Sanitation, dispensaries and jails vaccination Rajputana 1922-1927 - 1922-1927
Year: 1922
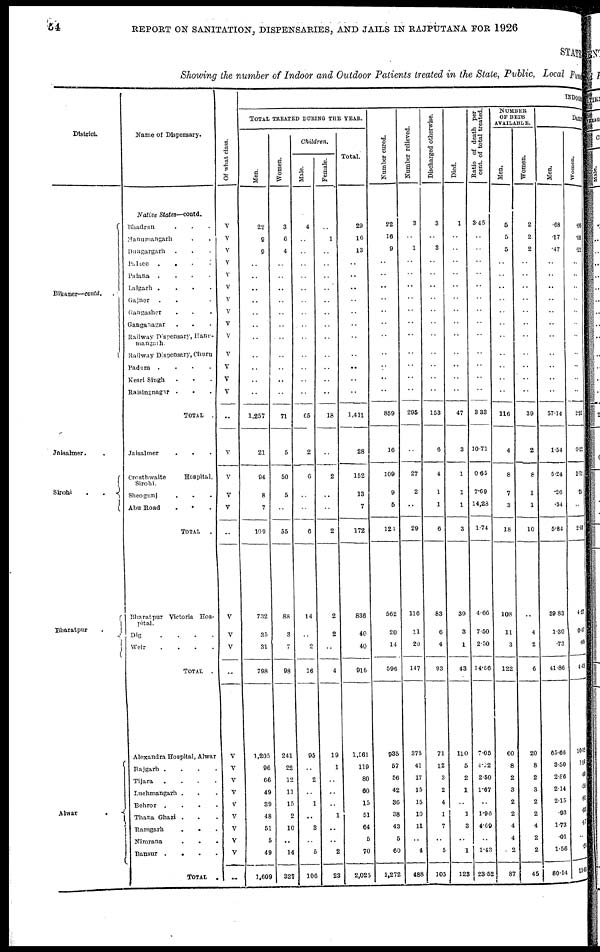
54
REPORT ON SANITATION, DISPENSARIES, AND JAILS IN RAJPUTANA FOR 1926
STATE
Showing the number of Indoor and Outdoor Patients treated in the State, Public, Local Fund
District.
Bikaner— contd.
Jaisalmer.
Sirohi
.
.
Bharatpur
.
Alwar
.
.
Name of Dispensary.
Native
States.
—contd.
Bhadran . .
Hanumangarh . .
Dungargarh . . .
Palace
.
. . .
Palana . . . .
Lalgarh .
. . .
Gajner .
.
Gangasher . . .
Ganganagar . . .
Railway Dispensary Hanu¬
mangarh.
Railway Dispensary, Churu
Padam
. . . .
Kesri Singh
. . .
Raisingnagar . . .
TOTAL
Jaisalmer
.
.
.
Crosthwaite Hospital,
Sirohi.
Sheogunj
.
.
.
Abu Road . . .
TOTAL .
Bharatpur Victoria Hos¬
pital.
Dig . . . .
Weir
.
.
.
.
TOTAL
.
Alexandra Hospital, Alwar
Rajgarh . . . .
Tijara . . .
Luchmangarh . . .
Behror
. . . .
Thana Ghazi . . .
Ramgarh . . .
Nimrana . . .
Bansur .
.
.
.
TOTAL
.
Of what class.
V
V
V
V
V
V
V
V
V
V
V
V
V
V
..
V
V
V
V
..
V
V
V
..
V
V
V
V
V
V
V
V
V
..
INDOOR
TOTAL TREATED DURING THE YEAR.
Men.
22
9
9
..
..
..
..
..
..
..
..
..
..
..
1,257
21
94
8
7
109
732
35
31
798
1,205
96
66
49
39
48
51
5
49
1,609
Women.
3
6
4
..
..
..
..
..
..
..
..
..
..
..
71
5
50
5
..
55
88
3
7
98
241
22
12
11
15
2
10
..
14
327
Children.
Male.
4
..
..
..
..
..
..
..
..
..
..
..
..
..
65
2
6
..
..
6
14
..
2
16
95
..
2
..
1
..
3
..
5
106
Female.
..
1
..
..
..
..
..
..
..
..
..
..
..
..
18
..
2
..
..
2
2
2
..
4
19
1
..
..
..
1
..
..
2
23
Total.
29
16
13
..
..
..
..
..
..
..
..
..
..
..
1,411
28
152
13
7
172
836
40
40
916
1,561
119
80
60
15
51
64
5
70
2,025
Number cured.
22
16
9
..
..
..
..
..
..
..
..
..
..
..
859
16
109
9
5
123
562
20
14
596
935
67
56
42
36
38
43
5
60
1,272
Number relieved.
3
..
1
..
..
..
..
..
..
..
..
..
..
..
295
..
27
2
..
29
116
11
20
147
375
41
17
15
15
10
11
..
4
488
Discharged otherwise.
3
..
3
..
..
..
..
..
..
..
..
..
..
..
153
6
4
1
1
6
83
6
4
93
71
12
3
2
4
1
7
..
5
105
Died.
1
..
..
..
..
..
..
..
..
..
..
..
..
..
47
3
1
1
1
3
39
3
1
43
110
5
2
1
..
1
3
..
1
123
Ratio of death per
cent. of total treated.
3.45
..
..
..
..
..
..
..
..
..
..
..
..
..
3.33
10.71
0.65
7.69
14,28
1.74
4.66
7.50
2.50
14.66
7.05
4.22
2.50
1.67
..
1.96
4.69
..
1.43
23.52
NUMBER
OF BEDS
AVAILABLE.
Men.
5
5
5
..
..
..
..
..
..
..
..
..
..
..
116
4
8
7
3
18
108
11
3
122
60
8
2
3
2
2
4
4
2
87
Women.
2
2
2
..
..
..
..
..
..
..
..
..
..
..
39
2
8
1
1
10
..
4
2
6
20
8
2
3
2
2
4
2
2
45
DAILY
Men.
.68
.17
.47
..
..
..
..
..
..
..
..
..
..
..
57.14
1.54
5.24
.26
.34
5.84
39.83
1.30
.73
41.88
65.66
3.50
2.86
2.14
2.15
.93
1.73
.01
1.56
80.54
Women.
.06
.08
. 12
..
..
..
..
..
..
..
..
..
..
..
2. 32
0.22
2.72
.24
..
2.98
4.27
0.07
.09
4.49
10.12
1.19
.41
.56
. 31
.03
.17
..
.24
13.51